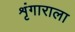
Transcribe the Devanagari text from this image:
शृंगाराला